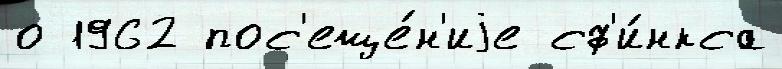
о 1962 пос'еще́н'иjе сф'и́нкса